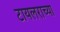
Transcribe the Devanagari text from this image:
टायलराच्या